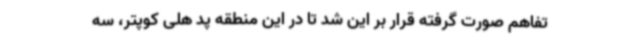
تفاهم صورت گرفته قرار بر این شد تا در این منطقه پد هلی کوپتر، سه